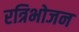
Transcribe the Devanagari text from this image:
रत्रिभोजन